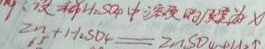
Z n + H _ { 2 } S O _ { 4 } = Z n S O _ { 4 } + H _ { 2 } \uparrow